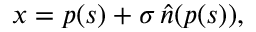
\begin{array} { r } { x = p ( s ) + \sigma \, \widehat { n } ( p ( s ) ) , } \end{array}